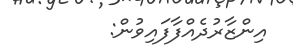
އިންޒާރުދެއްފާފައިވުން: